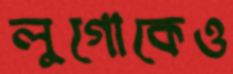
লুগোকেও